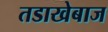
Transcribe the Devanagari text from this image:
तडाखेबाज